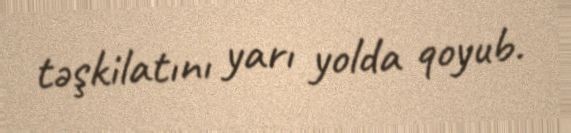
təşkilatını yarı yolda qoyub.